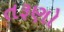
તરૂણો